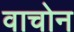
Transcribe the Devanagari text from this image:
वाचोन